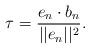
LaTeX: \begin{align*}\tau = \frac{e_{n}\cdot b_{n}}{||e_{n}||^{2}}.\end{align*}